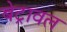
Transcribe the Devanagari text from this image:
बेट्रावल